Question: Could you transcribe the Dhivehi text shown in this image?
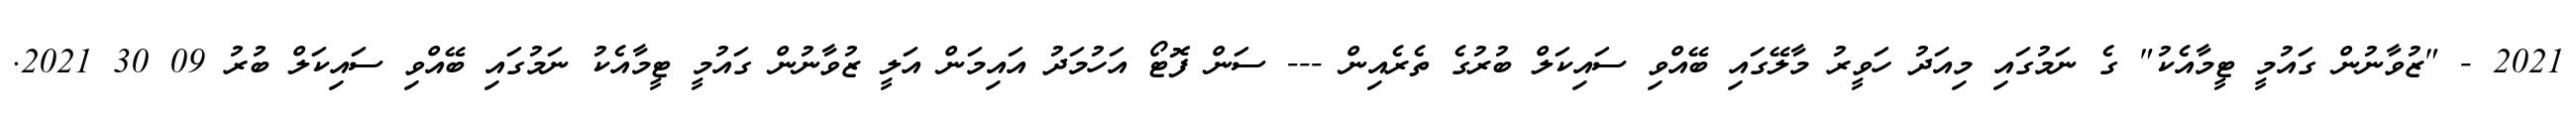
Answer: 2021 - "ޒުވާނުން ގައުމީ ޓީމާއެކު" ގެ ނަމުގައި މިއަދު ހަވީރު މާލޭގައި ބޭއްވި ސައިކަލް ބުރުގެ ތެރެއިން --- ސަން ފޮޓޯ އަހުމަދު އައިމަން އަލީ ޒުވާނުން ގައުމީ ޓީމާއެކު ނަމުގައި ބޭއްވި ސައިކަލް ބުރު 09 30 2021.